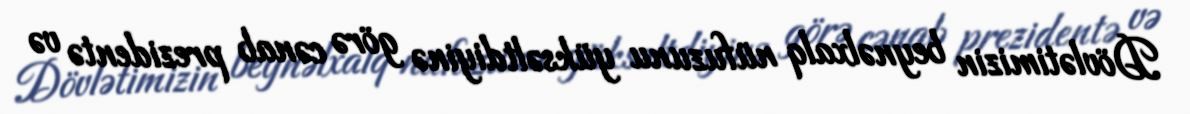
Dövlətimizin beynəlxalq nüfuzunu yüksəltdiyinə görə cənab prezidentə və